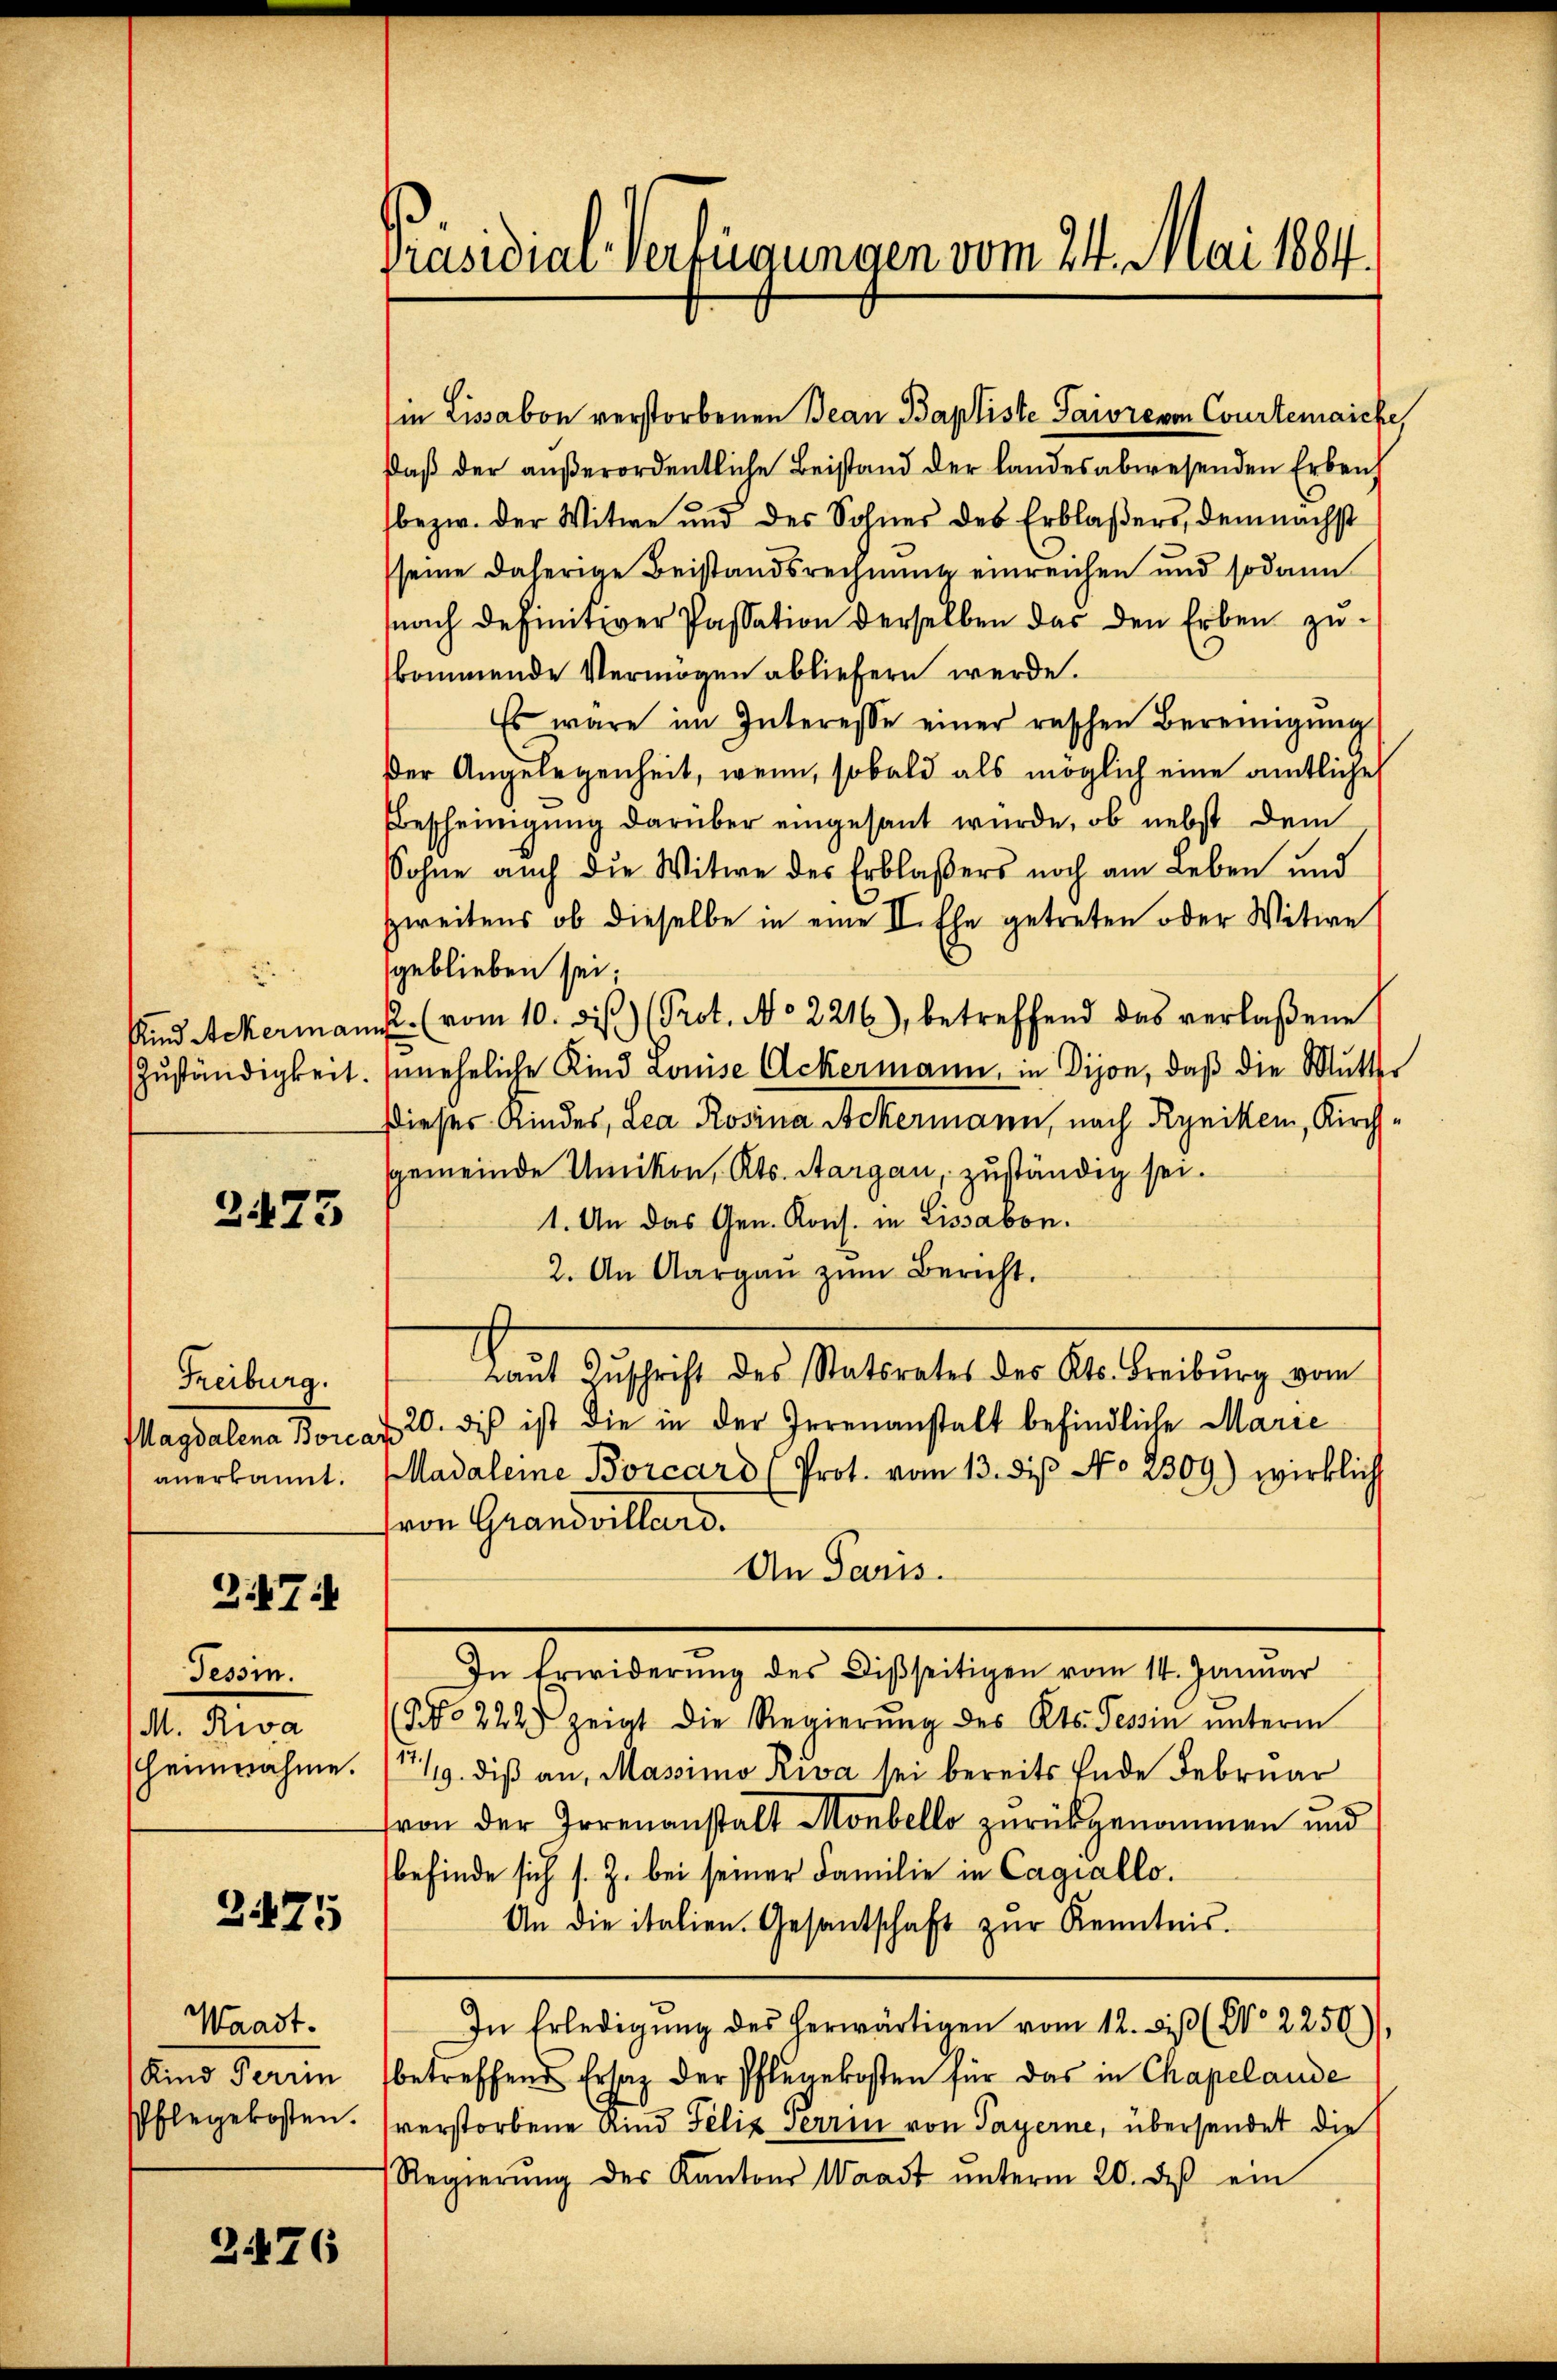
.

2473

Freiburg.
Magdalena Borcar
anerkannt.

347

Tessin.
M. Riva

2475

Waadt.
Kind Terrin

2.176

Präsidiar-Verfügungen vom 24. Mai 1884.

in Lissabon verstorbenen Bean Baptiste Saiore von Courtenaiche,
daß der außerordentliche Beistand der landesabwesenden Erbenf
bezw. der Witwe und des Sohnes des Erblasers, demnächst
seine daherige Beistandsrechnung einreichen und sodann
snach definitiver Passation derselben das den Erben zukommende Vermögen abliefern werde.
Es wäre im Interesse einer raschen Bereinigŭng
der Angelegenheit, wenn, sobald als möglich eine amtliche
Bescheinigung darüber eingesant würde, ob nebst dem
Sohne auch die Witwe des Erblasers noch am Leben und
zweitens ob dieselbe in eine II. Ehe getreten oder Witwe
geblieben sei;
Kind Ackermannst. (vom 10. diβ (Prot. No 2216), betreffend das verlaßene
Zŭständigkeit. Inneheliche Kind Louise Ackermann, in Dijon, daß die Mutter
Dieser Kindes, Lea Rosina Ackermann, nach Ryniken, Kirchsgemeinde Umikon, Kts. Aargau, zuständig sei.
1. An das Gen. Kons. in Lissabon.
2. An Aargaŭ zŭm Bericht.
raŭt Zŭschrift des Statsrates des Kts. Freiburg vom
20. die ist die in der Irrenanstalt befindliche Marie
adaleine Borcard (Prot. vom 13. des No 2309) wirklich
von Grandvillard.
An Paris.
In Erwiderŭng des Disseitigen vom 14. Januar
(NNo 222 zeigt die Regierŭng des Kts. Tessin ŭnterm
Heimrahme. (1419. diβ an, Massimo Riva sei bereits Ende Februar
von der Irrenanstalt Monbello zurückgenommen und
befinde sich s. Z. bei seiner Familie in Cagiallo.
An die italien. Gesantschaft zŭr Kenntnis.
In Erledigŭng des herwärtigen vom 12. di (No 2250),
betreffend Ersatz der Pflegekosten für das in Chapelande
Pflegekosten. (verstorbene Kind Felix Terrin von Payerne, übersendet die
Regierŭng des Kantons Waadt ŭnterm 20. des ein